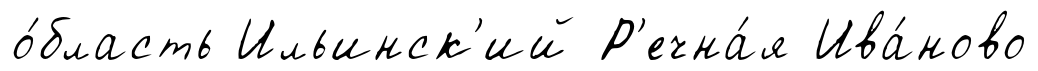
о́бласть Ильинск'ий Р'ечна́я Ива́ново